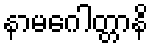
နာမဂေါတ္တာနိ